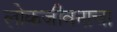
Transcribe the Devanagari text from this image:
लोकजीवनाचा